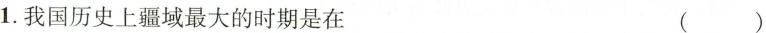
1.我国历史上疆域最大的时期是在 ( )